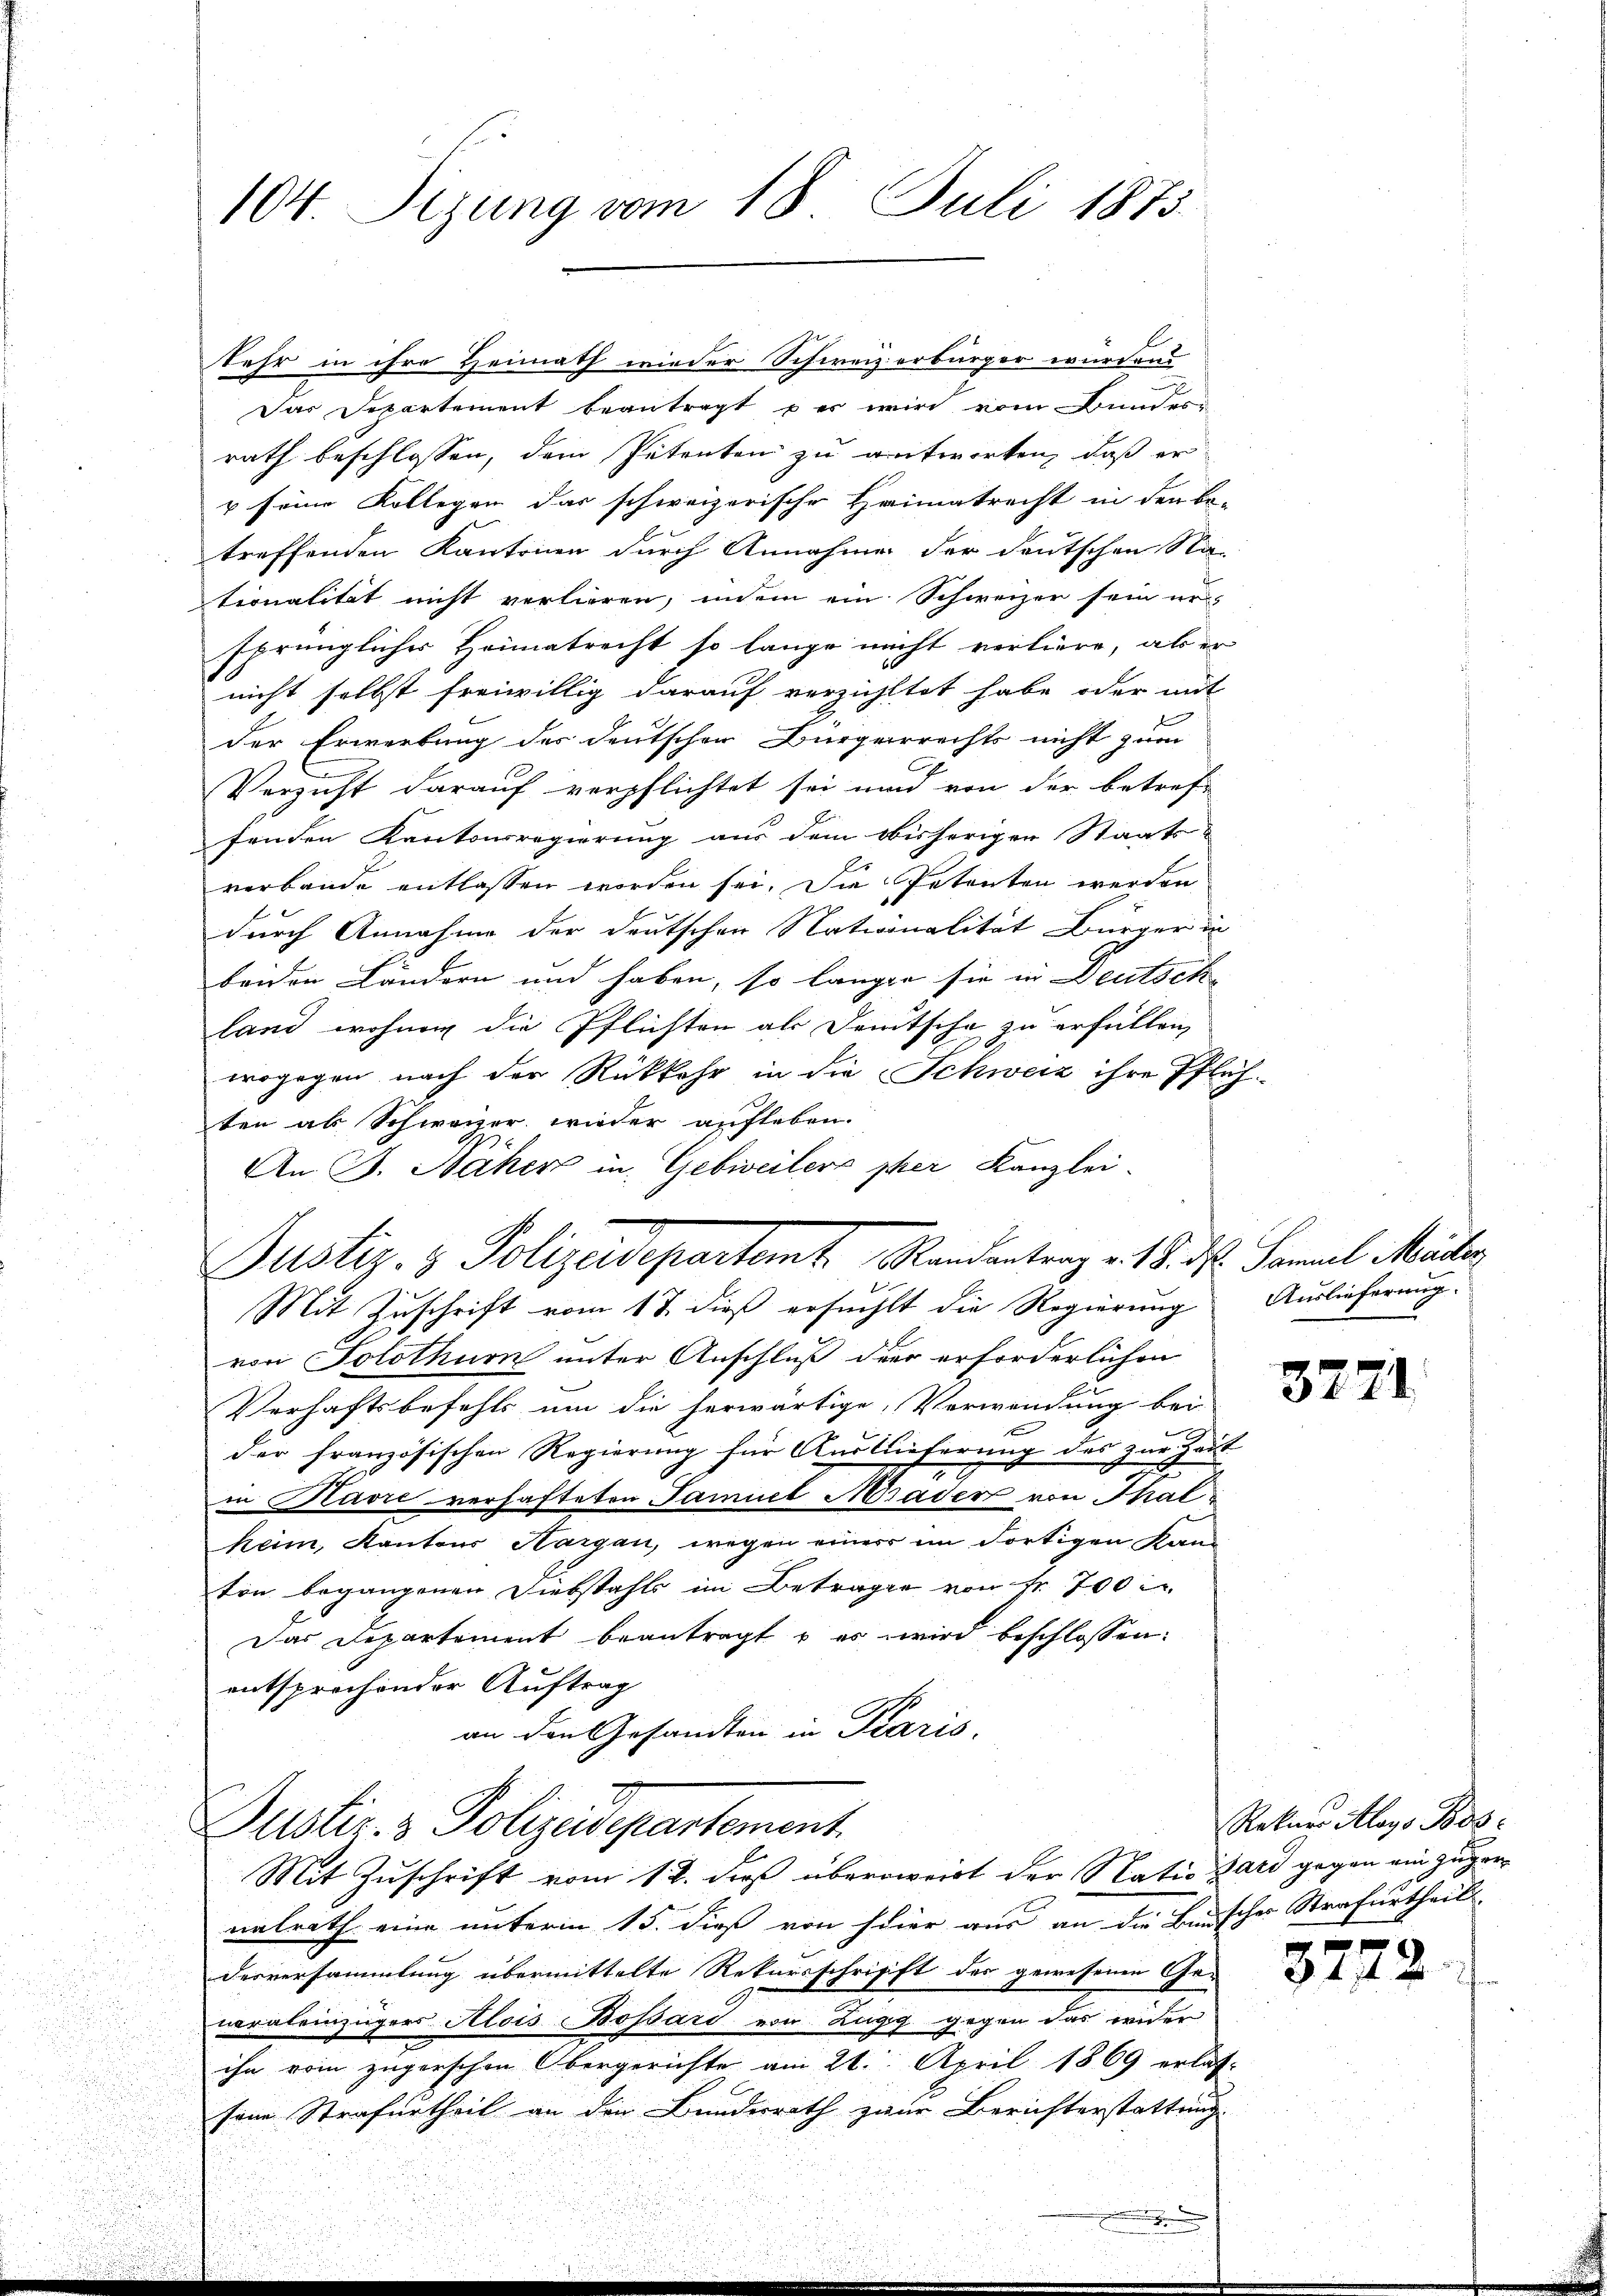
104. Sizung vom 18. Juli 1873.

Justiz- & Polizeidepartement.
Mit Zuschrift vom 12. dieß überweist der Natio Bald gegen ein zuger¬

Sehr in ihre Heimath wieder Schweizerbürger wurdens
Das Departement beantragt er wird vom Bunder
rath beschlossen, dem Petenten zu antworten, daß er
u seine Kollegen das schweizerische Heimatrecht in den be-
treffenden Kantonen durch Annahme der deutschen Na-
tionalität nicht verlieren, indem ein Schweizer sein ur-
sprünglicher Heimatrecht so lange nicht verliere, als er
nicht selbst freiwillig darauf verzichtet habe oder mit
der Erwerbung des deutschen Bürgerrechts nicht zum
Verzicht darauf verpflichtet sei und von der betref-
fenden Kantonsregierung aus dem obisherigen Staats-
verbande entlassen worden sei. Die Petenten werden
durch Annahme der deutschen Nationalität Bürger in
beiden Ländern und haben, so langen sie in Deutsch
land wohnen die Pflichten als Deutsche zu erfüllen,
wogegen nach der Rückkehr in die Schweiz ihre Pflich
ten ab Schweizer wieder aufleben.
An B. Naher in Gebiveilers per Kanzlei-
Justiz- & Polizeidepartamt Randantrag v. 18. ds. Samuel Mater
Mit Zuschrift vom 17. dieß ersucht die Regierung Auslieferung.
von Solothurn unter Anschluß der erforderlichen
Verhaftsbefehls um die herwärtige, Verwendung bei
der französischen Regierung für Auslieferung des zur Zeit
in Havre verhafteten Samuel Hrader von Thalheim, Kantons Aargau, wegen einer im dortigen Kanton begangenen Diebstahls im Betrage von Fr. 700
Das Departement beantragt u es wird beschlossen:
entsprochender Auftrag
an den Gesandten in Karis.

nalrath eine unterm 15. dieß von seier aus an die Burscher Strafurtheils-
desversammlung übermittelte Rekursschrifft des gewesenen Generaleinzügers Alois Bossari von Zugg gegen das wider
ihn vom zugerschen Obergerichte am 26. April 1869 erlas-
sene Strafurtheil an den Bundesrath zur Berichterstattung

3271

Rekurs Aloys Boz

3772